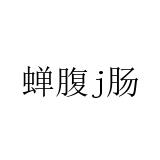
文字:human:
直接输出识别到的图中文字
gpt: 蝉腹j肠